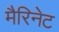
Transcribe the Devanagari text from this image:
मैरिनेट